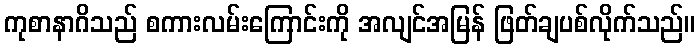
ကုစာနာဂိသည် စကားလမ်းကြောင်းကို အလျင်အမြန် ဖြတ်ချပစ်လိုက်သည်။